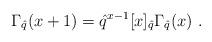
LaTeX: \begin{align*}\Gamma _{\hat{q}}(x+1)=\hat{q}^{x-1}[x]_{\hat{q}}\Gamma _{\hat{q}}(x)~.\end{align*}